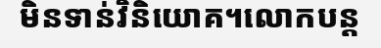
មិនទាន់វិនិយោគ។លោកបន្ត